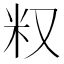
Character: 𥸩